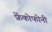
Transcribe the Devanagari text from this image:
फ्रेंकोफोनी